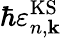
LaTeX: \hbar\varepsilon_{n,{\mathbf k}}^{\mathrm{KS}}